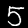
Digit: 5